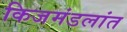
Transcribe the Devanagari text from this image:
किजमंडलांत